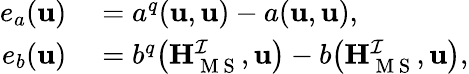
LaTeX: \begin{array}{rl}{e_{a}(\mathbf{u})}&{{}{}=a^{q}(\mathbf{u},\mathbf{u})-a(\mathbf{u},\mathbf{u}),}\\ {e_{b}(\mathbf{u})}&{{}{}=b^{q}\big(\mathbf{H}_{\mathrm{~M~S~}}^{\mathcal{I}},\mathbf{u}\big)-b\big(\mathbf{H}_{\mathrm{~M~S~}}^{\mathcal{I}},\mathbf{u}\big),}\end{array}